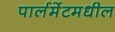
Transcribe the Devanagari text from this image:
पार्लमेंटमधील